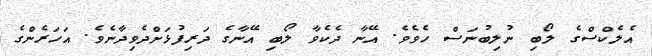
އެލެކްސްގެ ލޯބި ނުލިބުނަސް ހެވެވެ. އޭނާ ދެކެވާ ލޯބި އޭނާގެ ދަރިފުޅަށްދެވިދާނެވެ. އަހަރެންގެ